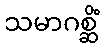
သမာဂစ္ဆိံ